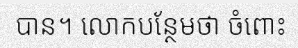
បាន។ លោកបន្ថែមថា ចំពោះ